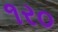
૧ર૦